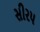
સીરપ